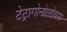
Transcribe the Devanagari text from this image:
टेट्रागोनोलोबस